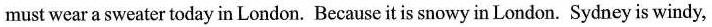
must wear a sweater today in London. Because it is snowy in London. Sydney is windy,